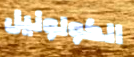
الكولونيل